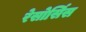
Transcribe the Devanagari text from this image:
रेसोर्सिस